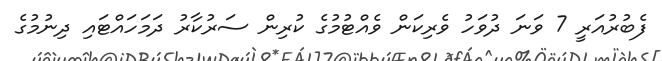
ފެބުރުއަރީ 7 ވަނަ ދުވަހު ވެރިކަން ވެއްޓުމުގެ ކުރިން ސަރުކާރު ދަމަހައްޓައި ދިނުމުގެ